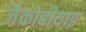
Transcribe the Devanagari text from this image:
जैकोबीयाइ